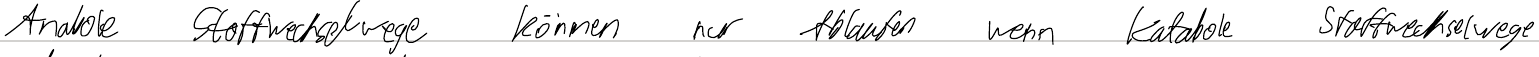
Anabole Stoffwechselwege können nur Ablaufen wenn katabole Stoffwechselwege